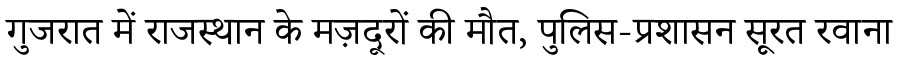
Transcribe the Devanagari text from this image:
गुजरात में राजस्थान के मज़दूरों की मौत, पुलिस-प्रशासन सूरत रवाना